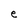
Character: e